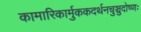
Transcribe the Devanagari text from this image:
कामारिकार्मुककदर्थनचुञ्चुदोष्णः